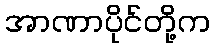
အာဏာပိုင်တို့က